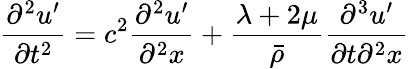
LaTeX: \frac{\partial^{2}u^{\prime}}{\partial t^{2}}=c^{2}\frac{\partial^{2}u^{\prime}}{\partial^{2}x}+\frac{\lambda+2\mu}{\bar{\rho}}\frac{\partial^{3}u^{\prime}}{\partial t\partial^{2}x}